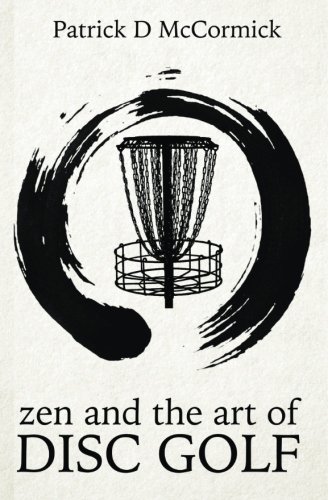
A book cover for Zen and the Art of Disc Golf; Patrick McCormick; Sports & Outdoors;